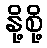
နို့စို့